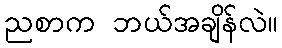
ညစာက ဘယ်အချိန်လဲ။